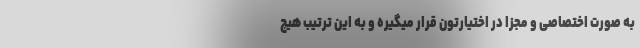
به صورت اختصاصی و مجزا در اختیارتون قرار میگیره و به این ترتیب هیچ